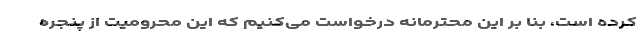
کرده است، بنا بر این محترمانه درخواست می‌کنیم که این محرومیت از پنجره